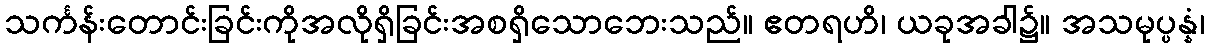
သင်္ကန်းတောင်းခြင်းကိုအလိုရှိခြင်းအစရှိသောဘေးသည်။ ဧတရဟိ၊ ယခုအခါ၌။ အသမုပ္ပန္နံ၊